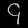
Digit: ၄